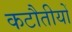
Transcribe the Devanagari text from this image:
कटौतीयों